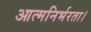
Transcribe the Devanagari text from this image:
आत्मनिर्भरता।